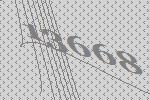
13668